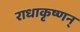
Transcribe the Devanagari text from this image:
राधाकृष्णन्‌